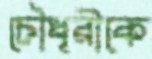
চৌধূরীকে